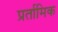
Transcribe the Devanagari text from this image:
प्रर्तामिक